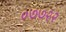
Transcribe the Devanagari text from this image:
०७७२२